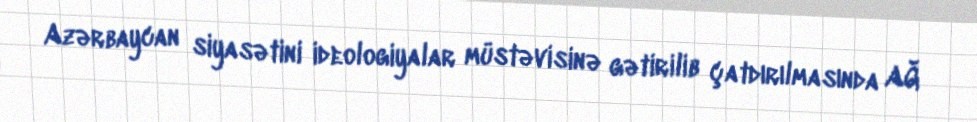
Azərbaycan siyasətini ideologiyalar müstəvisinə gətirilib çatdırılmasında AĞ